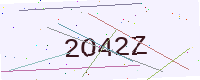
Text: 2O42Z